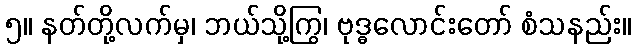
၅။ နတ်တို့လက်မှ၊ ဘယ်သို့ကြွ၊ ဗုဒ္ဓလောင်းတော် စံသနည်း။